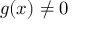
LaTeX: g ( x ) \neq 0